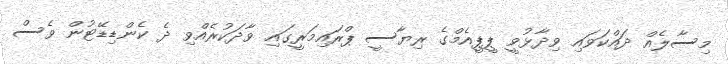
މިސާލެއް ދައްކަވައި ވިދާޅުވީ ޕީޕީއެމްގެ ރިޔާސީ ޕްރައިމަރީގައި ވާދަކުރެއްވި ދެ ކެންޑިޑޭޓުން ވެސް